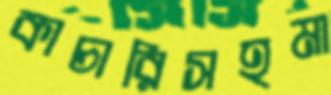
কাচারিসহমা